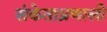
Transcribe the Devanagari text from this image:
संकेताप्रणाली